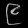
Digit: ၉